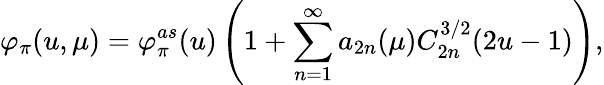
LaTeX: \varphi_{\pi}(u,\mu)=\varphi_{\pi}^{as}(u)\left(1+\sum_{n=1}^{\infty}a_{2n}(\mu)C_{2n}^{3/2}(2u-1)\right),